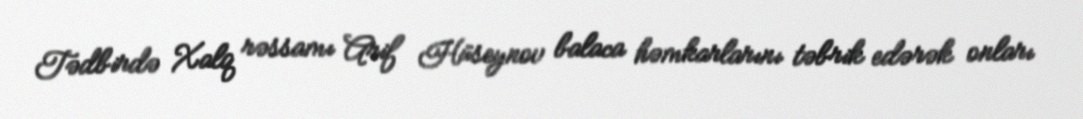
Tədbirdə Xalq rəssamı Arif Hüseynov balaca həmkarlarını təbrik edərək onları